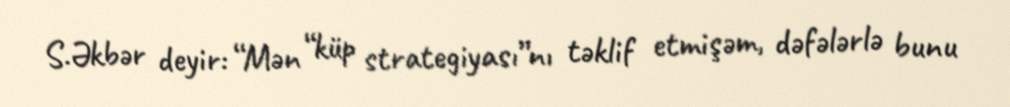
S.Əkbər deyir: “Mən “küp strategiyası”nı təklif etmişəm, dəfələrlə bunu